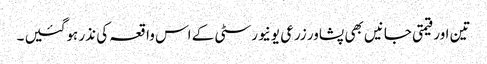
تین اور قیمتی جانیں بھی پشاور زرعی یونیورسٹی کے اس واقعہ کی نذر ہوگئیں ۔